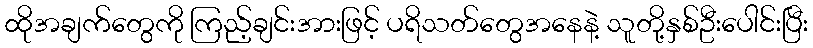
ထိုအချက်တွေကို ကြည့်ချင်းအားဖြင့် ပရိသတ်တွေအနေနဲ့ သူတို့နှစ်ဦးပေါင်းပြီး